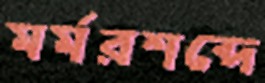
মর্মরশব্দে